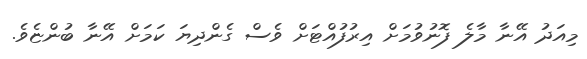
މިއަދު އޭނާ މާލެ ފޮނުވުމަށް އިރުފުއްޓަށް ވެސް ގެންދިޔަ ކަމަށް އޭނާ ބުންޏެވެ.